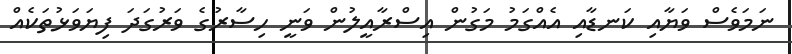
ނަމަވެސް ވަޔާއި ކަނޑާއި އެއްގަމު މަގުން އިސްރާއީލުން ވަނީ ހިސާރުގެ ވަރުގަދަ ފިޔަވަޅުތަކެއް